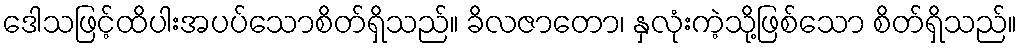
ဒေါသဖြင့်ထိပါးအပပ်သောစိတ်ရှိသည်။ ခိလဇာတော၊ နှလုံးကဲ့သို့ဖြစ်သော စိတ်ရှိသည်။